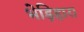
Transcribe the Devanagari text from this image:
भेड़िहारा